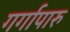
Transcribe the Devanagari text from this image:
गर्गापारु